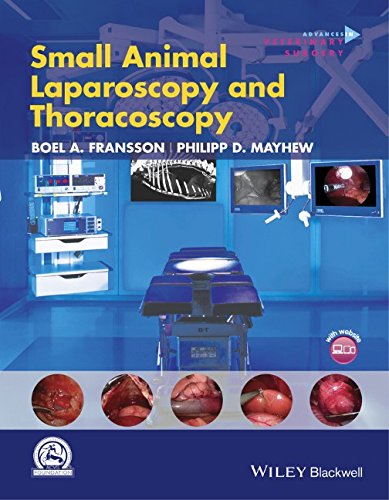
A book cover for Small Animal Laparoscopy and Thoracoscopy (AVS Advances in Veterinary Surgery); Philipp D. Mayhew; Medical Books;